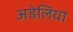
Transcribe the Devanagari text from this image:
अडेलिया